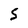
Character: 5